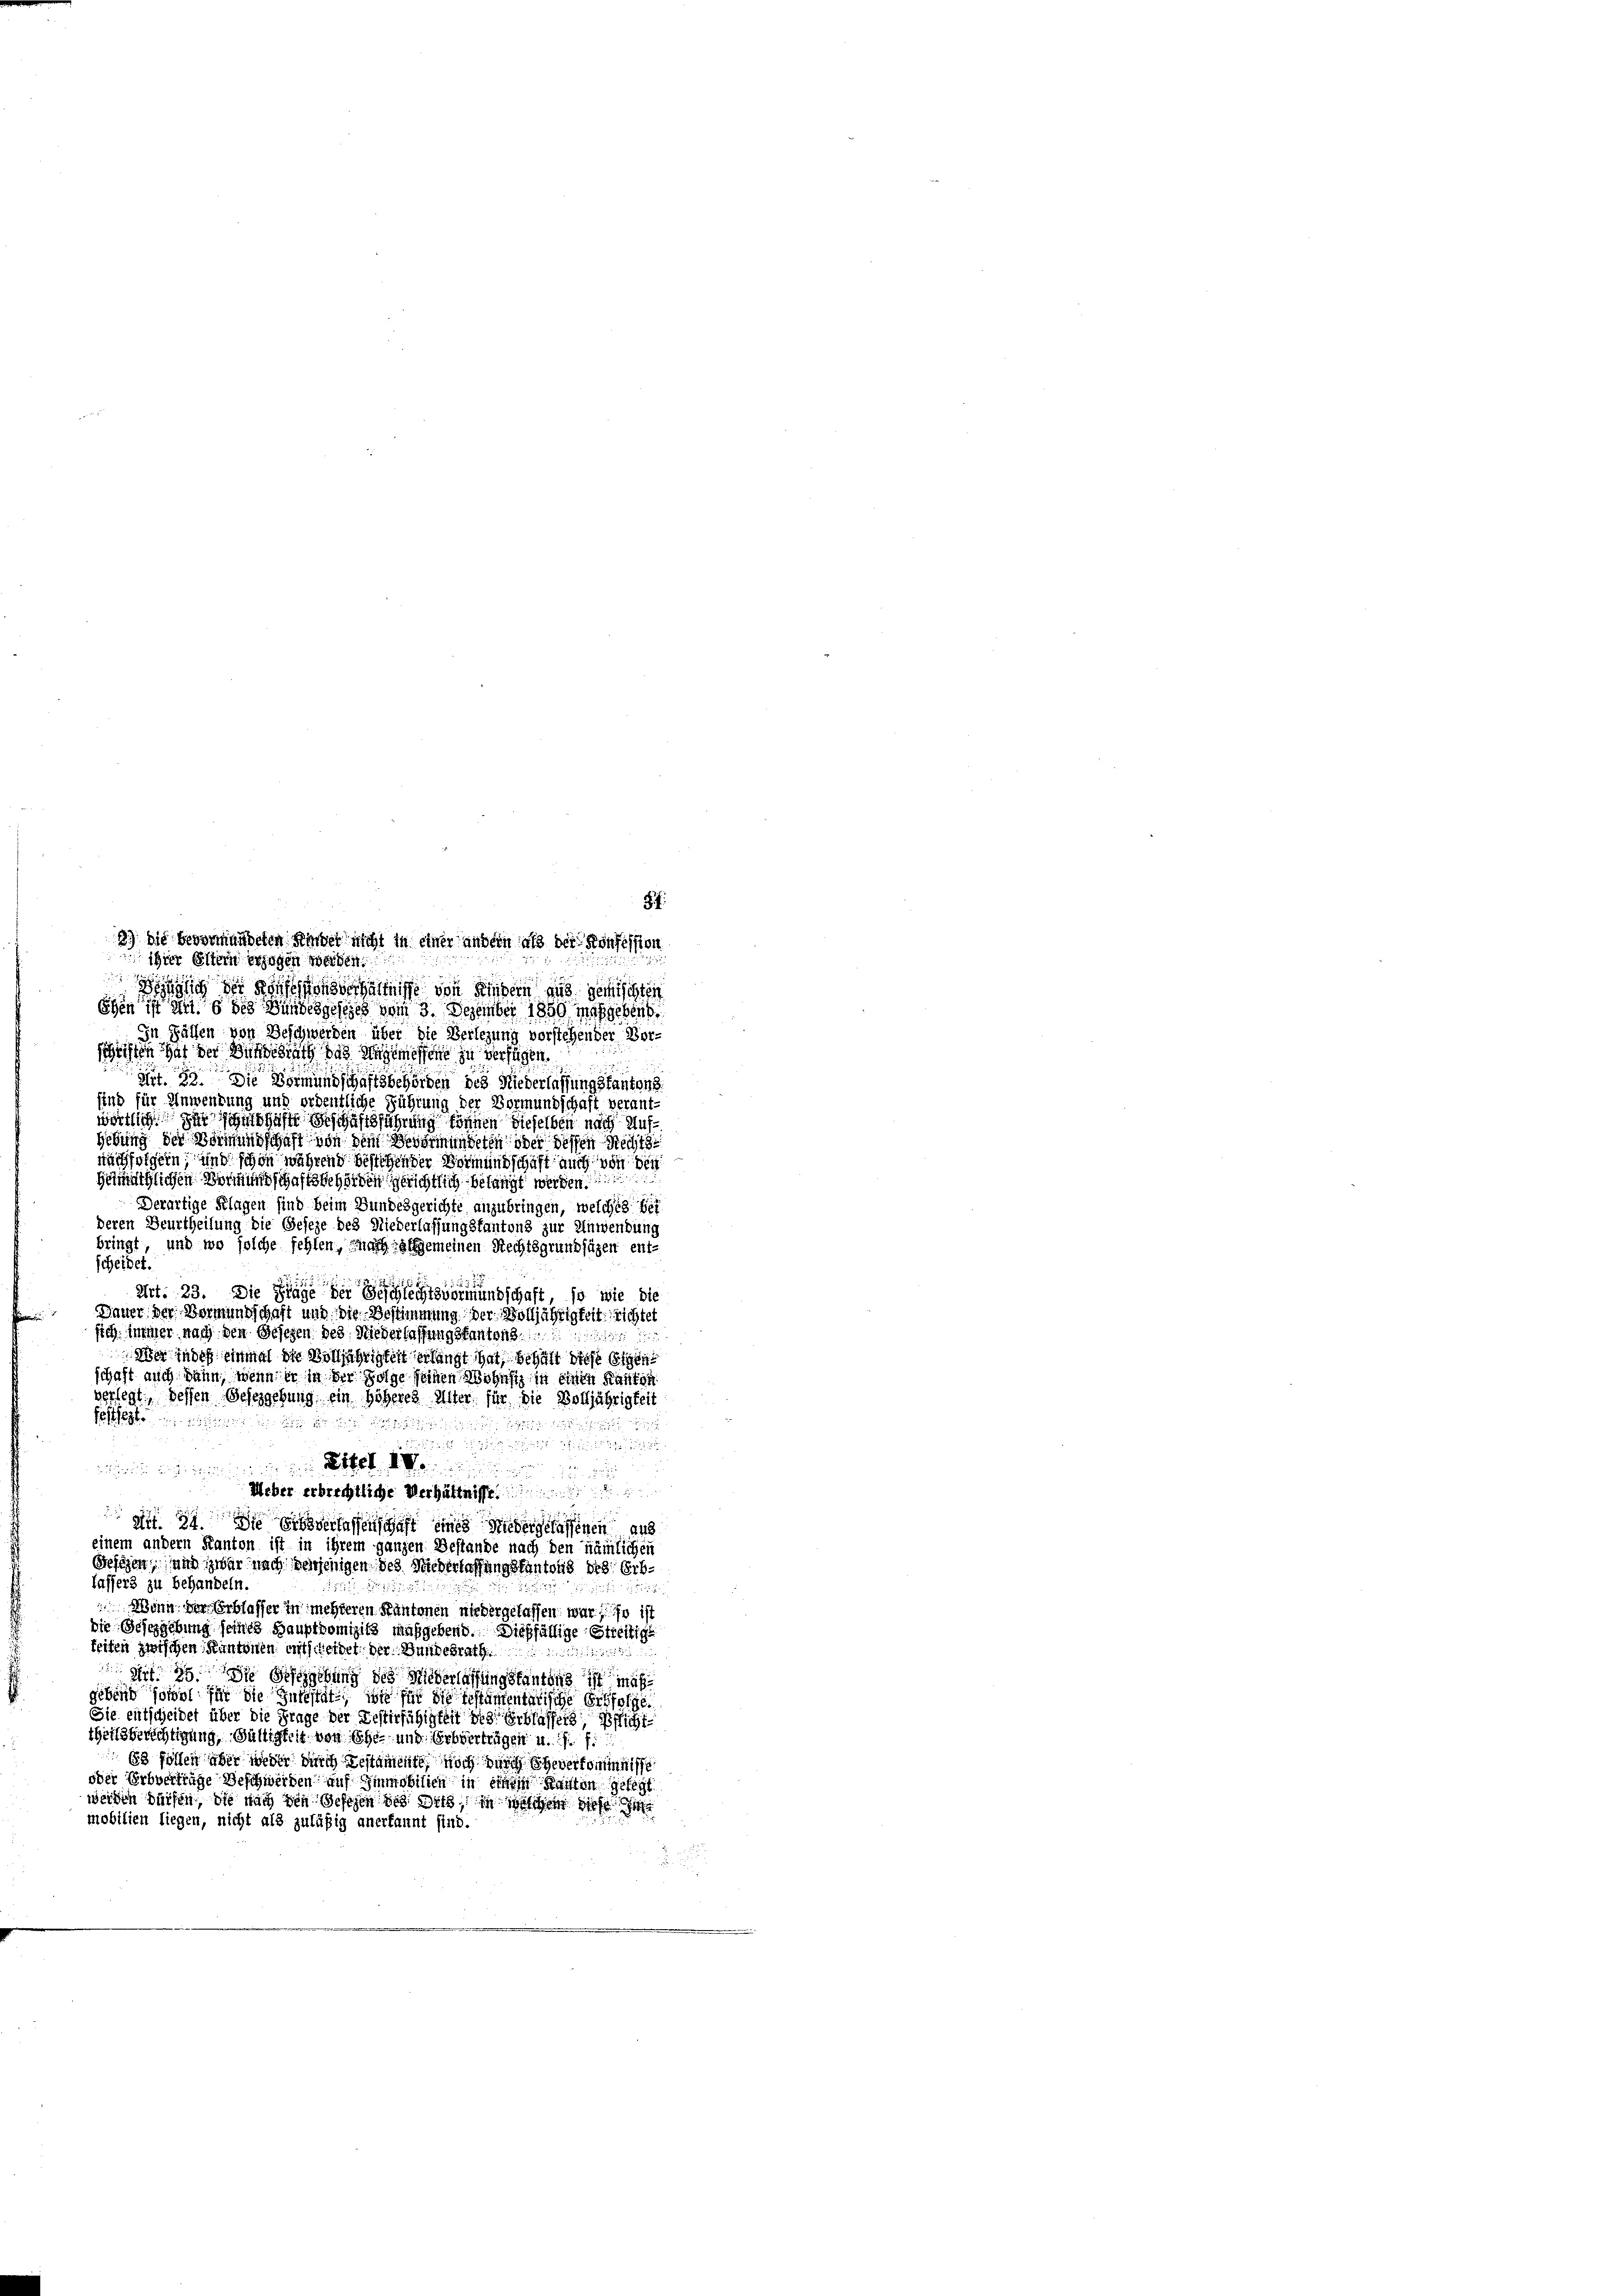
3.) Die bedermandeten Herber nicht in einer andern als der Konfession
ihrer Eltern erzogen werden.
 der Konsen erhältnisse von Kindern aus gerichten
Ehen ist in § des Bundesgesezes vom 3. Dezember 1880 mitgebens
In Fällen von Beschwerden über die Verlegung vorstehender Vor-
schriften hat der Bundesrath das Ungemessene zu verfügen.
dirt. 33. Die Vormundschaftsbehörden des Niederlassung stantons
sind für Anwendung und ordentliche Führung der Vormundschaft verant-
wörtlich Dir sanschaft beschäftsführung können dieselben nach Aufhebung der Vormundschaft von dem Bevormundeten oder dessen Rechts
nachfolgern, und schon während bestehen der Vormundschaft auch von den
Heimathlichen Vormundschaftsbehörden gerichtlich belangt werden.
Derartige Klagen sind beim Bundesgerichte anzubringen, welches bei
deren Beurtheilung die Geseze des Niederlassungskantons zur Anwendung
bringt, und wo solche fehlen, nach allgemeinen Rechtsgrundsäzen ent-
scheidet.
Art. 23. Die Finge der Beschlechtsvormundschaft, so wie die
Dauer der Vormundschaft und die Bestimmung der Volljährigkeit richtet
sich immer nach den Gesezen des Niederlassungsfantons.
8
Wer indes einmal die Volljährigkeit erlangt hat, behalt diese Eigen
schaft auch dann, wenn er in der Folge seinen Wohnsiz in einen Kanton
verlegt, dessen Gesezgebung ein höheres Alter für die Volljährigkeit
Esthet

152

Ueber erbrechtliche Verhältnisse
 34. Die gelassenschaft eines Niedergelassenen aus
einem andern Kanton ist in ihrem ganzen Bestände nach den nämlichen
Resigen, und zwar nach denjenigen des Niederlassungskantons des Erb-
fassers zu behandeln.
 Wenn der Erblasser in mehreren Kantonen niedergelassen war, so ist
die Gesezgebung seines Hauptpomizils maßgebend. Dießfällige Streitige
keiten zwischen Kantonen entscheidet. Der Bundesrath
1322
Mit. 25. ds Gesagebung des Niederlassung stantons ist mäßi
gebend sowol für die Intestate wie für die testamentarische Erbfolge
Sie entscheidet über die Frage der Bestirfähigkeit des Erblassers, Pflichttheilsberichtigung, Bälligkeit von Ehe- und Erbvertrügen u. s. f
3 follen aber weder durch Testamente, noch durch Eheverkommnisse
oder Erbvertrage Beschwerden auf Immobilich in eines Karten gelegt
weiden dürfen, die nach den gesehen des dits, in welchem diese de
mobilien liegen, nicht als zuläßig anerkannt sind.

.